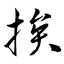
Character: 挨